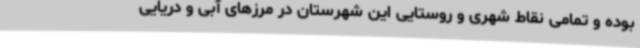
بوده و تمامی نقاط شهری و روستایی این شهرستان در مرزهای آبی و دریایی